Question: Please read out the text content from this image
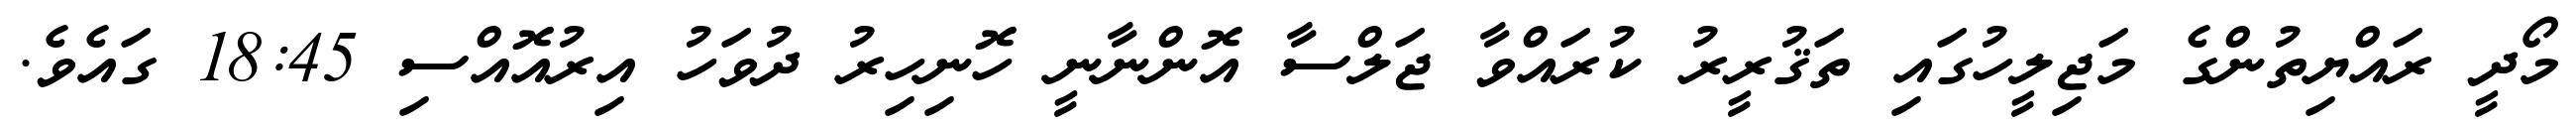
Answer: މޯދީ ރައްޔިތުންގެ މަޖިލީހުގައި ތަޤުރީރު ކުރައްވާ ޖަލްސާ އޮންނާނީ ހޮނިހިރު ދުވަހު އިރުއޮއްސި 18:45 ގައެވެ.